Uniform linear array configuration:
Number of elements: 24
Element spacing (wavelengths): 0.5
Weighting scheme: uniform
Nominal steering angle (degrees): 15
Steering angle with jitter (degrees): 16.158
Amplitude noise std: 0.05
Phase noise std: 0.05

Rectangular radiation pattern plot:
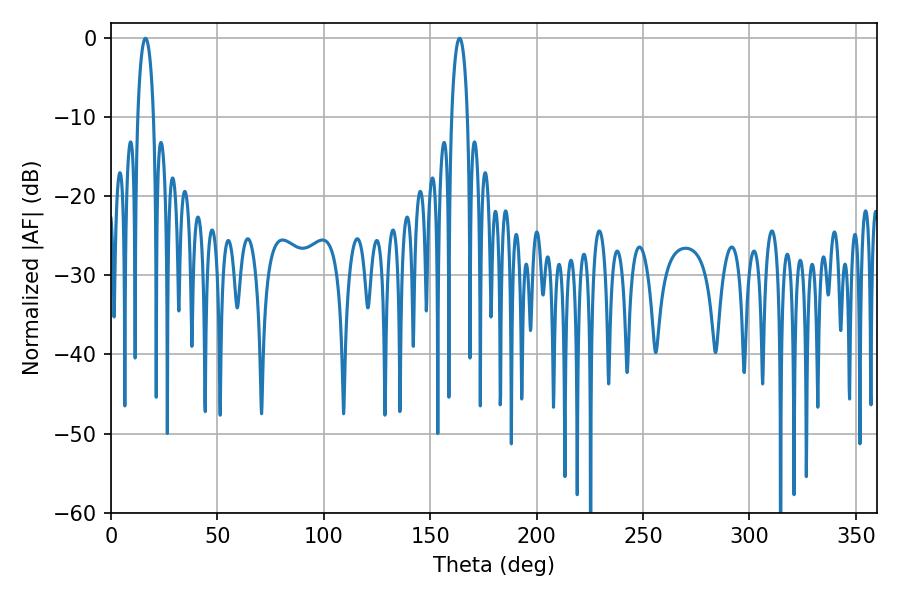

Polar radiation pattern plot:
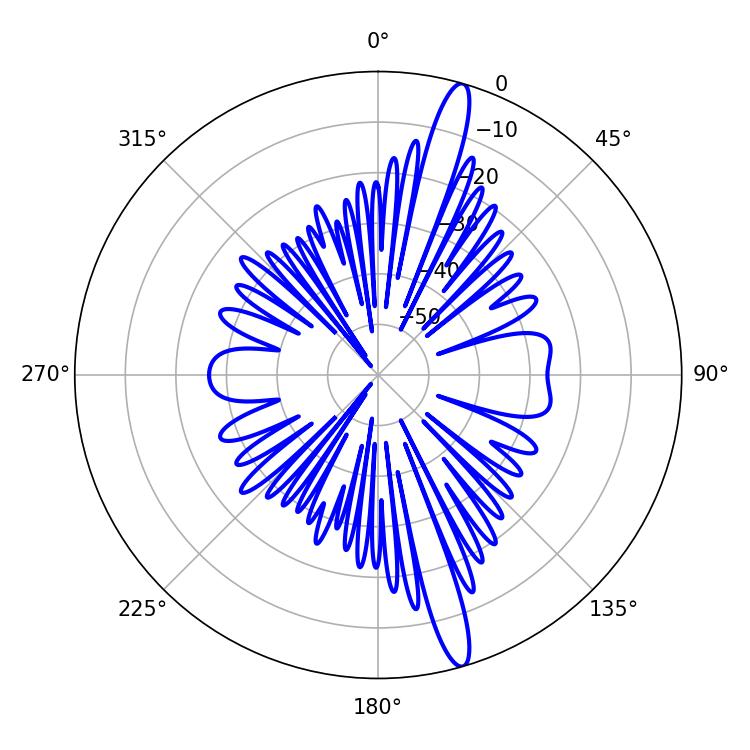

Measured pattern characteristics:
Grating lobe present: FALSE
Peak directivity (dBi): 16.168
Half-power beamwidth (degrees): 4.32
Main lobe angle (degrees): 16.2